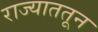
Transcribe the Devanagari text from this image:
राज्याततून